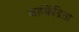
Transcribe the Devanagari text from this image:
अहंकेंद्रिता